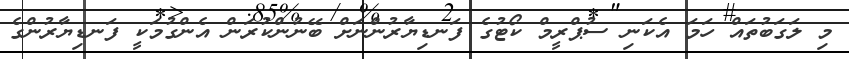
މި ލަގަބުތައް ހަމަ އެކަނި ސުޕްރީމް ކޯޓުގެ ފަނޑިޔާރުންނަށް ބޭނުންކުރަން އެންގުމަކީ ފަނޑިޔާރުންގެ